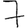
Digit: 7